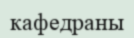
кафедраны